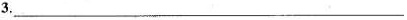
3.____________